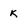
Character: K